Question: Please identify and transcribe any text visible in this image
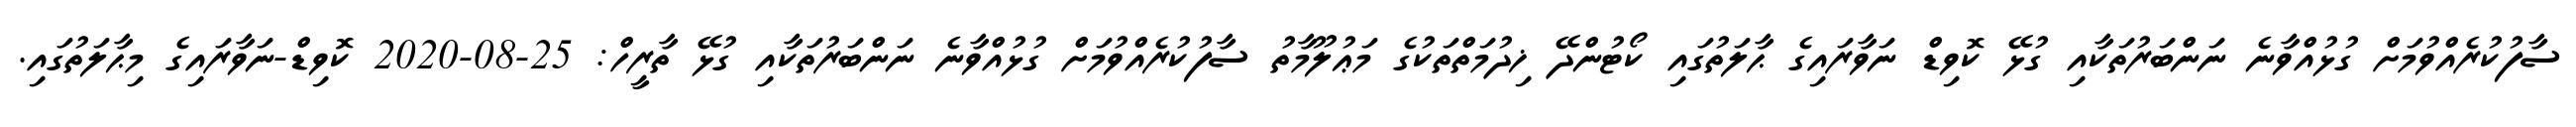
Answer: ސާފުކުރެއްވުމަށް ގުޅުއްވާނެ ނަންބަރުތަކާއި ގުޅޭ ކޮވިޑް ނަވާރައިގެ ޙާލަތުގައި ކޯޓުންދޭ ޚިދުމަތްތަކުގެ މަޢުލޫމާތު ސާފުކުރެއްވުމަށް ގުޅުއްވާނެ ނަންބަރުތަކާއި ގުޅޭ ތާރީހް: 25-08-2020 ކޮވިޑް-ނަވާރައިގެ މިޙާލަތުގައި.